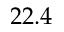
2 2 . 4